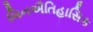
બિનઐતિહાસિક